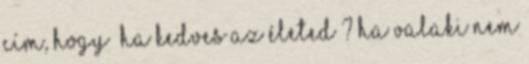
cím, hogy “ha kedves az életed”? Ha valaki nem